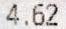
4.62